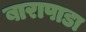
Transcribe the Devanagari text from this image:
बारापाडा